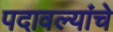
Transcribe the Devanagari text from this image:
पदावल्यांचे